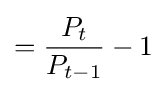
={\frac {P_{t}}{P_{t-1}}}-1